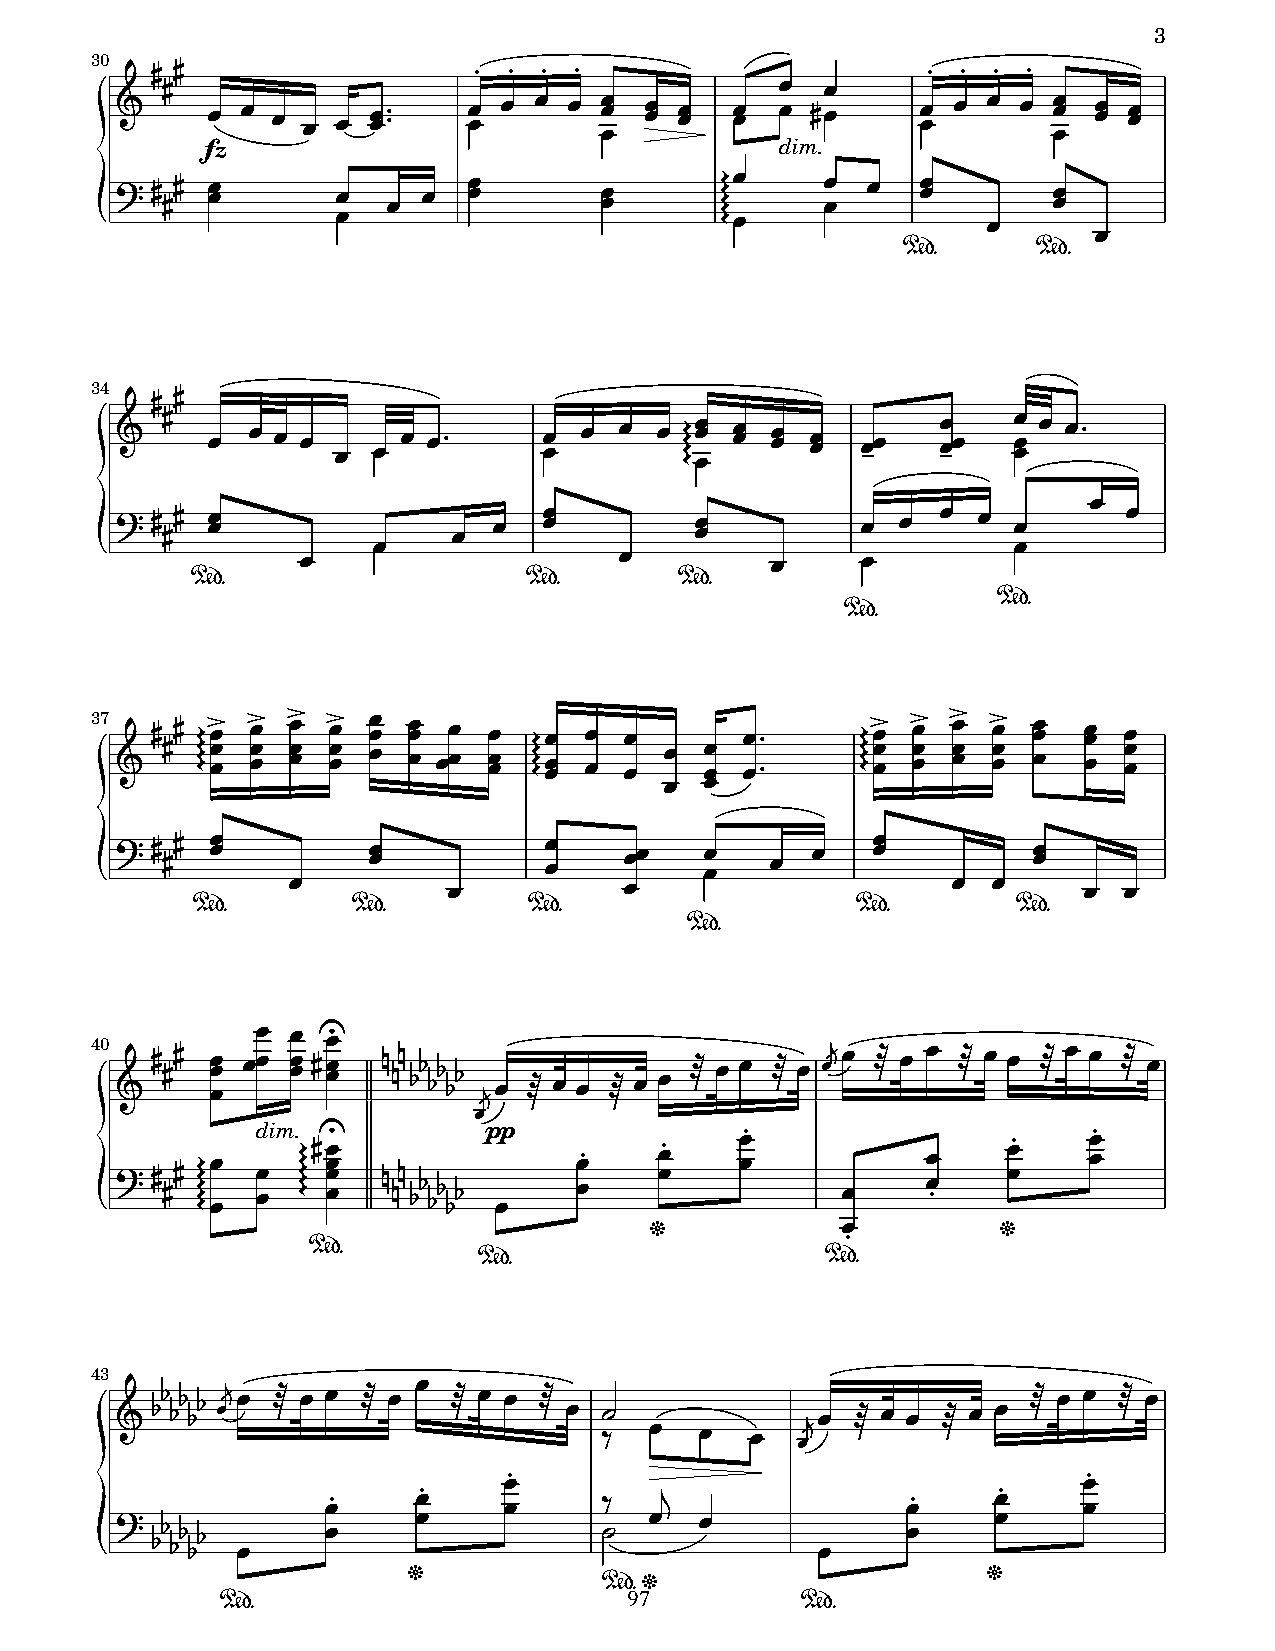
3
 30
 5 5                   " " " "                       " " " "
 5                                        !  !
 (    f! z ! ! ! ! !!- - !! ! ! ! !! ! !! !! ! ! ! 5! !! ! ! ! !! ! !! !!
 dim.
 * ) 5 55 ! !   ! ! ! !  !!       !!      0 0 0 0 0!! !! ! ! !
 !
 !!
 !
 %$       %$
 34
 5 5
 (  5  ! ! ! ! !  !! ! !-    ! ! ! ! ! 0 0 0 0!! ! !! !! !! ! 7! !! 7! ! !! ! !-
 !
 + ) 5 55 ! !           !  !  !!        ! !        !  ! !  ! !       !
 !!                                        !
 !                    !         !     !
 %$                    %$        %$
 %$
 %$
 37 ( 5 55 0 0 0 0! ! !4 ! ! !4 ! ! !4 ! ! !4 ! ! ! ! ! ! !! ! ! ! ! 0 0 0 0! ! ! ! ! ! ! ! ! ! !!- - 0 0 0 0! ! !4 ! ! !4 ! ! !4 ! ! !4 !! ! ! ! ! ! ! !
 !  !
 , ) 5 55 ! !     ! !         ! !  !!    !!  !  !   !!        ! !
 !          !          !                     !  !     ! !
 %$        %$          %$                    %$        %$
 %$
 40 ( 5 55 ! ! !
 !!
 !
 !!
 ! 5
 !!!8
 1 11 '' '' '' !"! # ! ! # ! ! # ! ! # ! #!" ! # ! ! # ! ! # ! ! # !
 #pp
 dim. 8                          "                       "
 - ) 5 55 0 0 0 0 0!
 !
 ! ! 0 0 0 0 05! ! ! ! 1 11 '' '' ''
 !
 ! !"  ! !" ! !    !    !! "  ! !" !!
 !
 &            "         &
 %$
 %$                     %$
 43
 !"           !
 ( '' '' '' # ! # ! ! # ! # ! ! # ! *         !"! # ! ! # ! ! # ! ! # !
 +  !  !   !
 #
 "                                     "
 "    !          ,                     "     !
 !"    !    !      +                   !"    !     !
 " ) '' '' ''
 !
 !     !           *  !  !
 !
 !     !
 &                                     &
 %$&
 97
 %$                                    %$